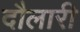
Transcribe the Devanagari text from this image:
दौलारी